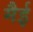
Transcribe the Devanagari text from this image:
मैई